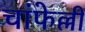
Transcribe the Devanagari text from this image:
चांफेल्ली